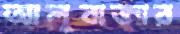
আলুবাজার